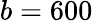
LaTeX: b=600